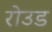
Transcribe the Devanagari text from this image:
रोउड